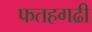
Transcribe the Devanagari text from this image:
फतहगढी